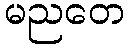
မညတေ